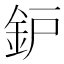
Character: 鈩